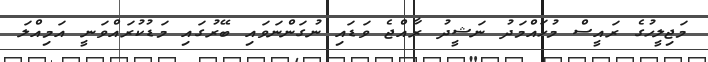
މަޖިލީހުގެ ރައީސް މުހައްމަދު ނަޝީދު ރާއްޖެ ވަޑައި ނުގަންނަވައި ބޭރުގައި މަޑުކުރައްވަނީ އަމިއްލަ